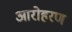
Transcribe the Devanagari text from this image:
आरोहरण